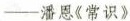
——潘恩《常识》